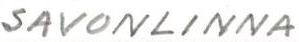
SAVONLINNA